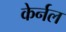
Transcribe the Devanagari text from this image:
केर्नल